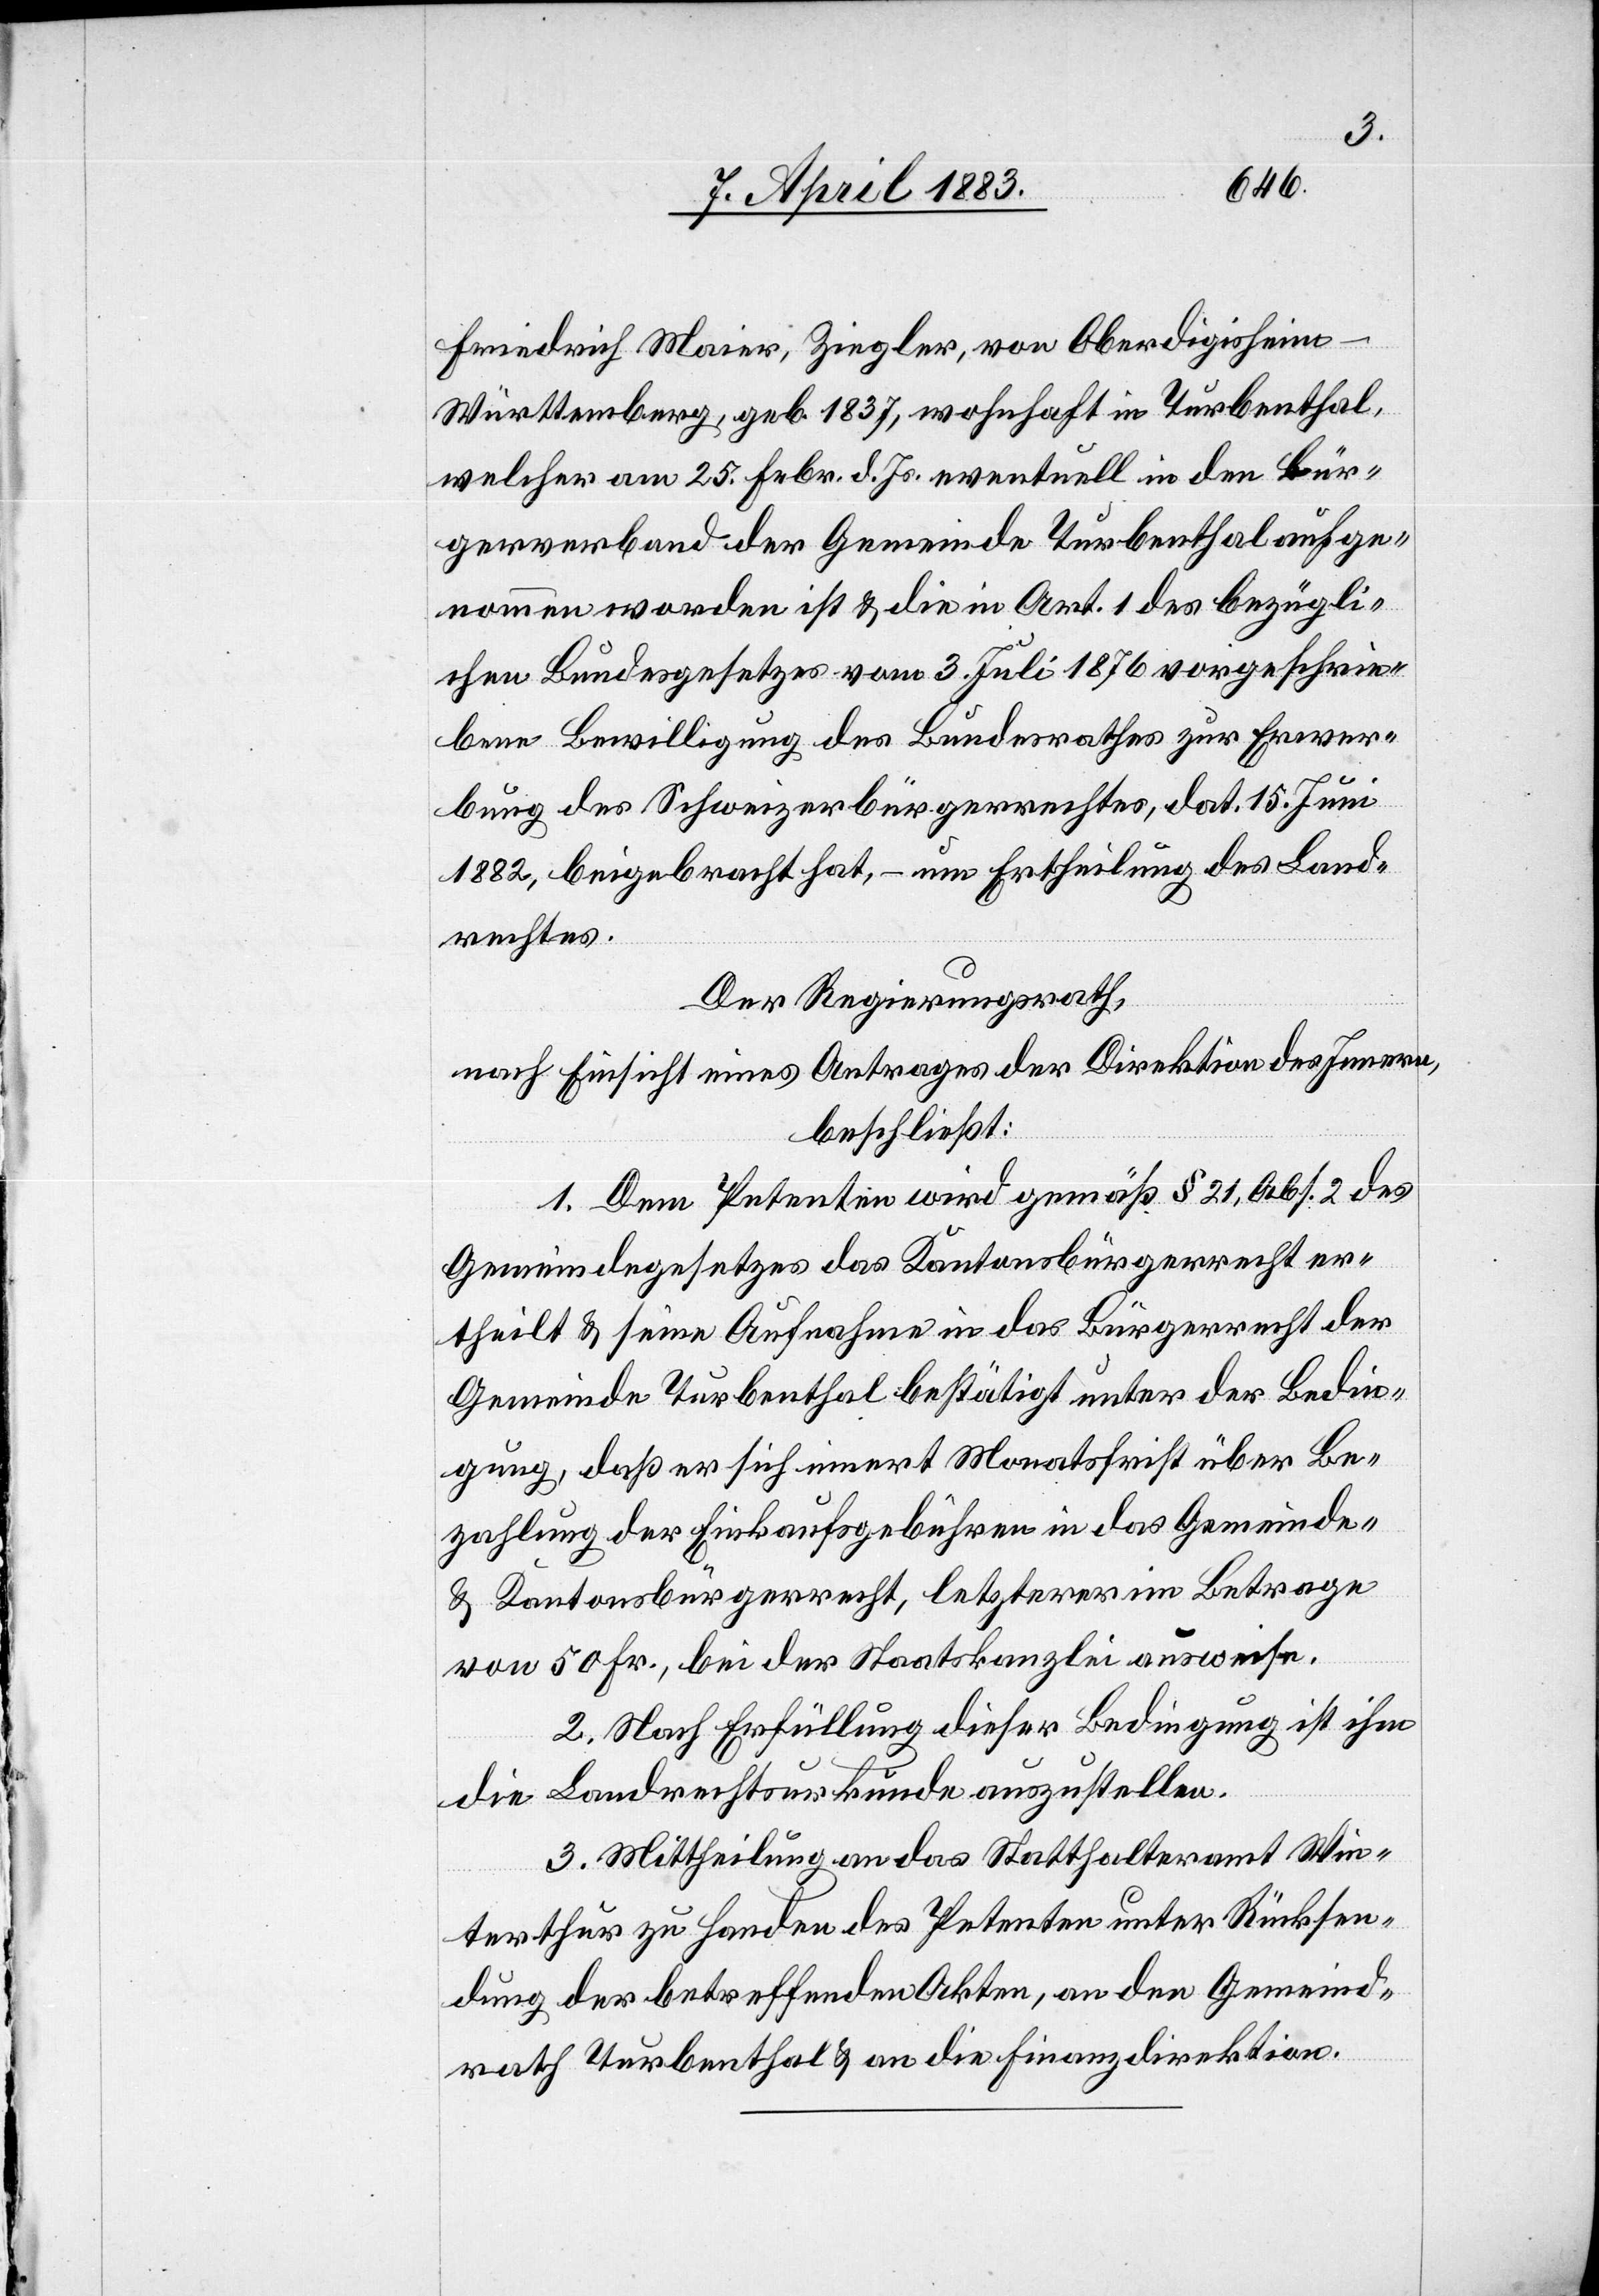
Friedrich Maier, Ziegler, von Oberdigisheim
Württemberg, geb. 1837, wohnhaft in Turbenthal,
welcher am 25. Febr. d. Js. eventuell in den Bür¬
gerverband der Gemeinde Turbenthal aufge¬
nommen worden ist & die in Art. 1 des bezügli¬
chen Bundesgesetzes vom 3. Juli 1876 vorgeschrie¬
bene Bewilligung des Bundesrathes zur Erwer¬
bung des Schweizerbürgerrechtes, dat. 15. Juni
1882, beigebracht hat, – um Ertheilung des Land¬
rechtes.
Der Regierungsrath,
nach Einsicht eines Antrages der Direktion des Innern,
beschließt:
1. Dem Petenten wird gemäß § 21, Abs. 2 des
Gemeindegesetzes das Kantonsbürgerrecht er¬
theilt & seine Aufnahme in das Bürgerrecht der
Gemeinde Turbenthal bestätigt unter der Bedin¬
gung, daß er sich innert Monatsfrist über Be¬
zahlung der Einkaufsgebühren in das Gemeinde-
& Kantonsbürgerrecht, letzterer im Betrage
von 50 Fr., bei der Staatskanzlei ausweise.
2. Nach Erfüllung dieser Bedingung ist ihm
die Landrechtsurkunde auszustellen.
3. Mittheilung an das Statthalteramt Win¬
terthur zu Handen des Petenten unter Rücksen¬
dung der betreffenden Akten, an den Gemeind¬
rath Turbenthal & an die Finanzdirektion.